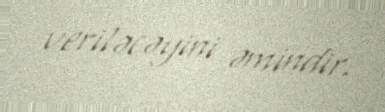
veriləcəyini əmindir.